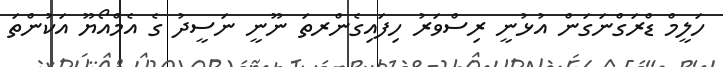
ހަލީމް ޑްރަގްނަގަން އުޅުނީ ރިސްވަރު ހިފައިގެންރތަ ނޫނީ ނަސީދު ގެ އެމްއޯޔޫ އަކުންތަ